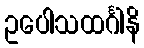
ဥပေါသထင်္ဂါနိ